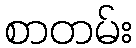
စာတမ်း